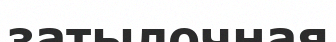
затылочная